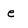
Character: e